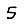
Digit: 5